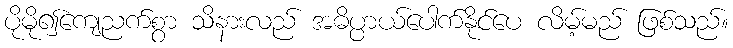
ပိုမို၍ကျေညက်စွာ သိနားလည် အဓိပ္ပာယ်ပေါက်နိုင်ပေ လိမ့်မည် ဖြစ်သည်။